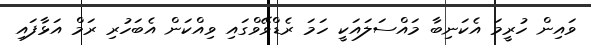
ވައިން ހުރީމަ އެކަނިބާ މައްސަލައަކީ ހަމަ ރެޑްވޭވްގައި ވިއްކަން އެބަހުރި ރަމް އަޅާފައި